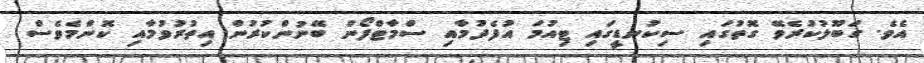
އެވެ. ގަބޫލުކުރެވޭ ގޮތުގައި ސިކުނޑީގައި ޓިއުމަ އުފެދުމާއި ސްމާޓްފޯން ބޭނުންކުރުން އިތުރުވުމާއި ކޮންމެވެސް